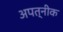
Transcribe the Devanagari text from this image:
अपत्नीक